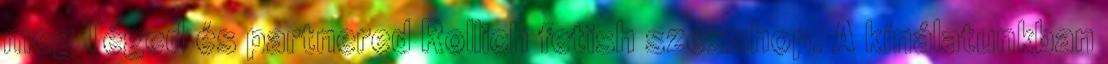
meg Téged és partnered Rollich fetish szexshop. A kínálatunkban